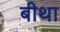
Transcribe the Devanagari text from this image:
बीथा